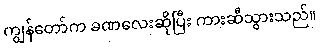
ကျွန်တော်က ခဏလေးဆိုပြီး ကားဆီသွားသည်။